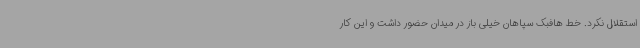
استقلال نکرد. خط هافبک سپاهان خیلی باز در میدان حضور داشت و این کار